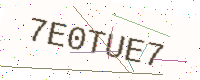
Text: 7E0TUE7